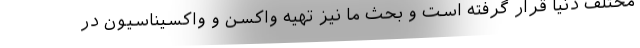
مختلف دنیا قرار گرفته است و بحث ما نیز تهیه واکسن و واکسیناسیون در